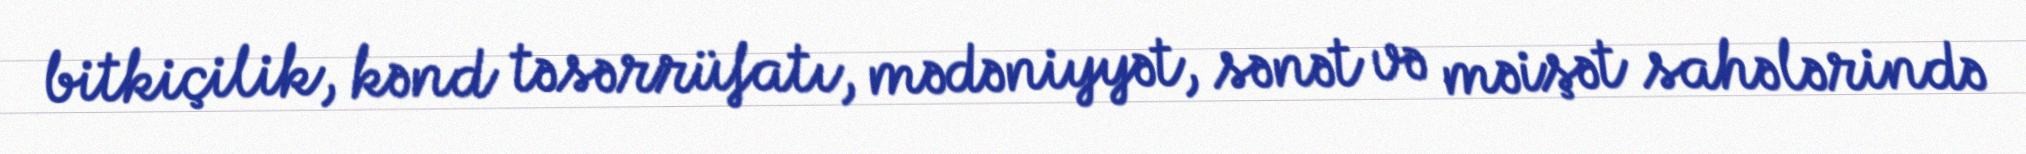
bitkiçilik, kənd təsərrüfatı, mədəniyyət, sənət və məişət sahələrində